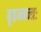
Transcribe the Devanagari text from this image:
बृहन्मन्त्रः